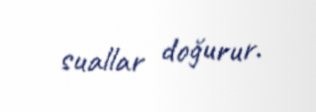
suallar doğurur.